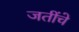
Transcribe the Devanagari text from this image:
जतींचे